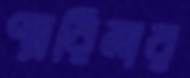
প্যারিনার